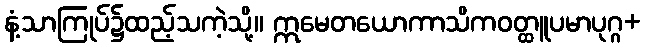
နံ့သာကြုပ်၌ထည့်သကဲ့သို့။ ဣမေတယောကာသိကဝတ္ထူပမာပုဂ္ဂ+